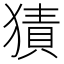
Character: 㺓